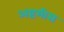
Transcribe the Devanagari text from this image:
अष्टमीस